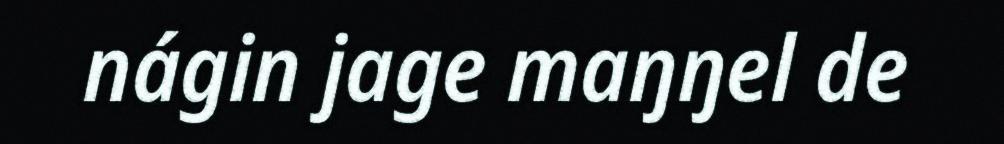
nágin jage maŋŋel de